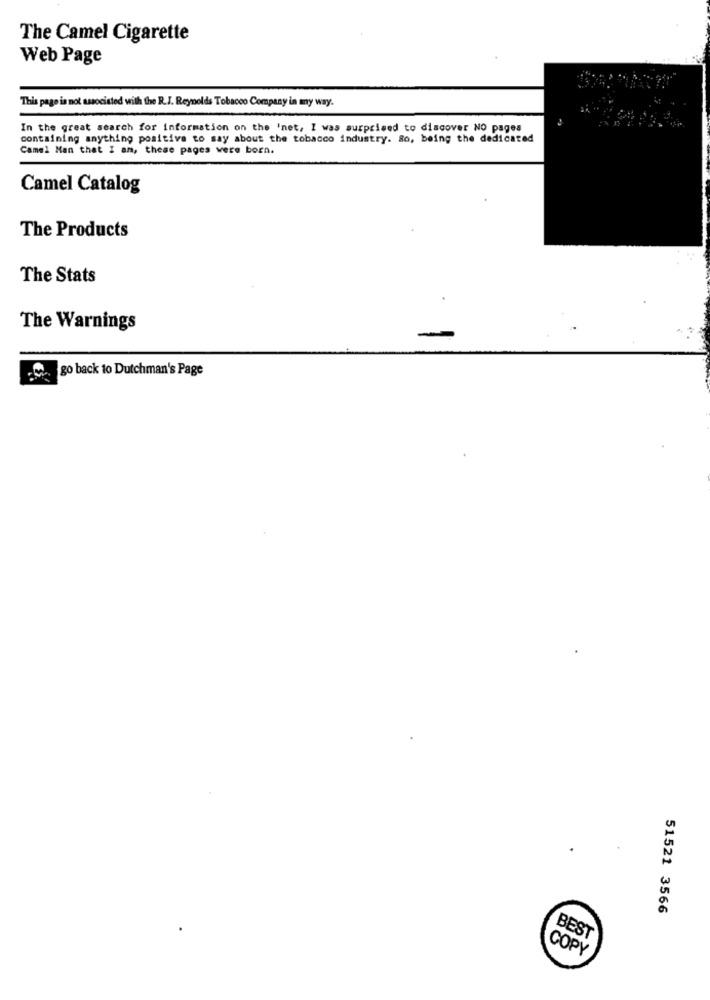
The Camel Cigarette
Web Page
This page is not associated with the R.J. Reynolds Tobacco Company in my way.
In the great search for information on the 'net, I was surprised to discover NO pages
containing anything positive to say about the tobacco industry. So, being the dedicated
Camel Man that I am, these pages were born.
Camel Catalog
The Products
The Stats
The Warnings
go back to Dutchman's Page
51521 3566
BEST
COPY